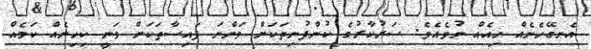
އެނގޭހެނެއް ހިއެއް ނުވެއެވެ. ސަރުކާރުގެ ކުންފުނިތަކަށް ވަންނަ ފައިސާތަކަށް ވަނީ ކިހިނެއް ކަމެއް